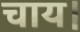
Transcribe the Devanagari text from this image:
चाय।